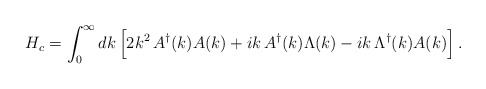
\begin{align*}H_c=\int_0^\infty dk\,\Bigl[2k^2\,A^\dagger(k)A(k)+ik\,A^\dagger(k)\Lambda(k)-ik\,\Lambda^\dagger(k)A(k)\Bigr]\,.\end{align*}